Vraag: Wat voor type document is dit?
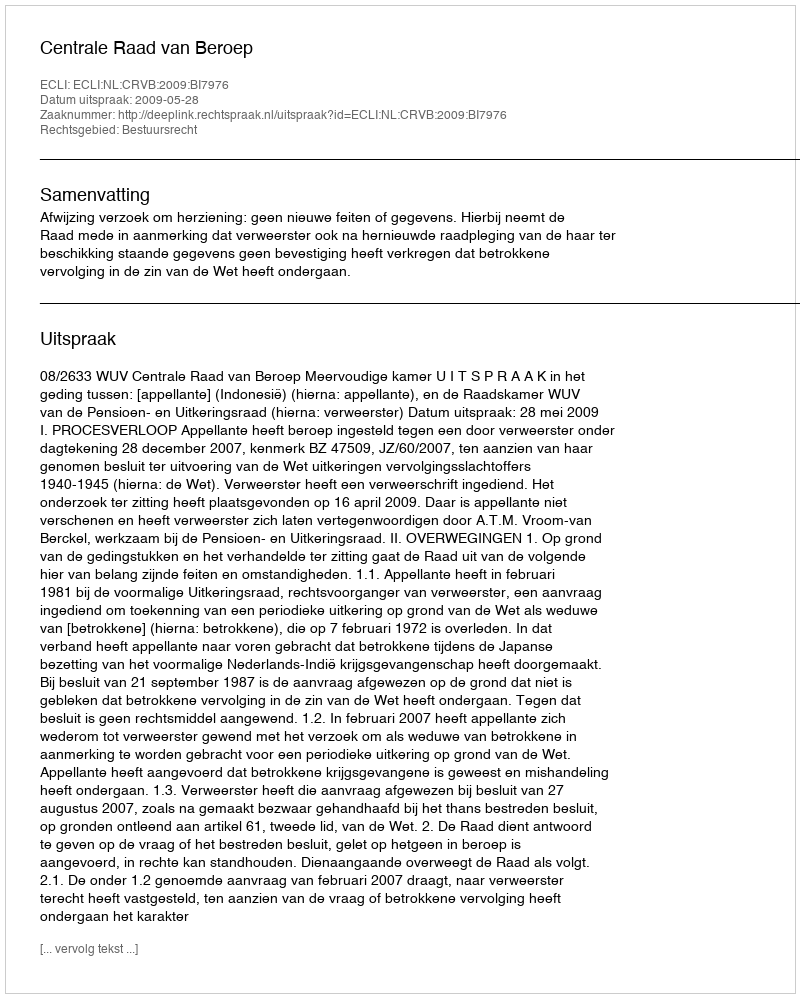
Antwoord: Uitspraak